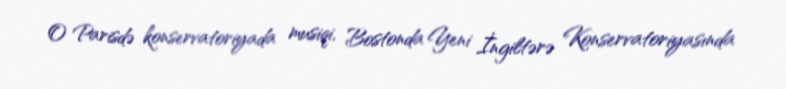
O Parisdə konservatoriyada musiqi, Bostonda Yeni İngiltərə Konservatoriyasında